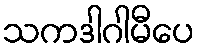
သကဒါဂါမီပေ